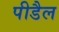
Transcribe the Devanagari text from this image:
पीडैल